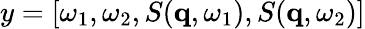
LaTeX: y=[\omega_{1},\omega_{2},S(\mathbf{q},\omega_{1}),S(\mathbf{q},\omega_{2})]